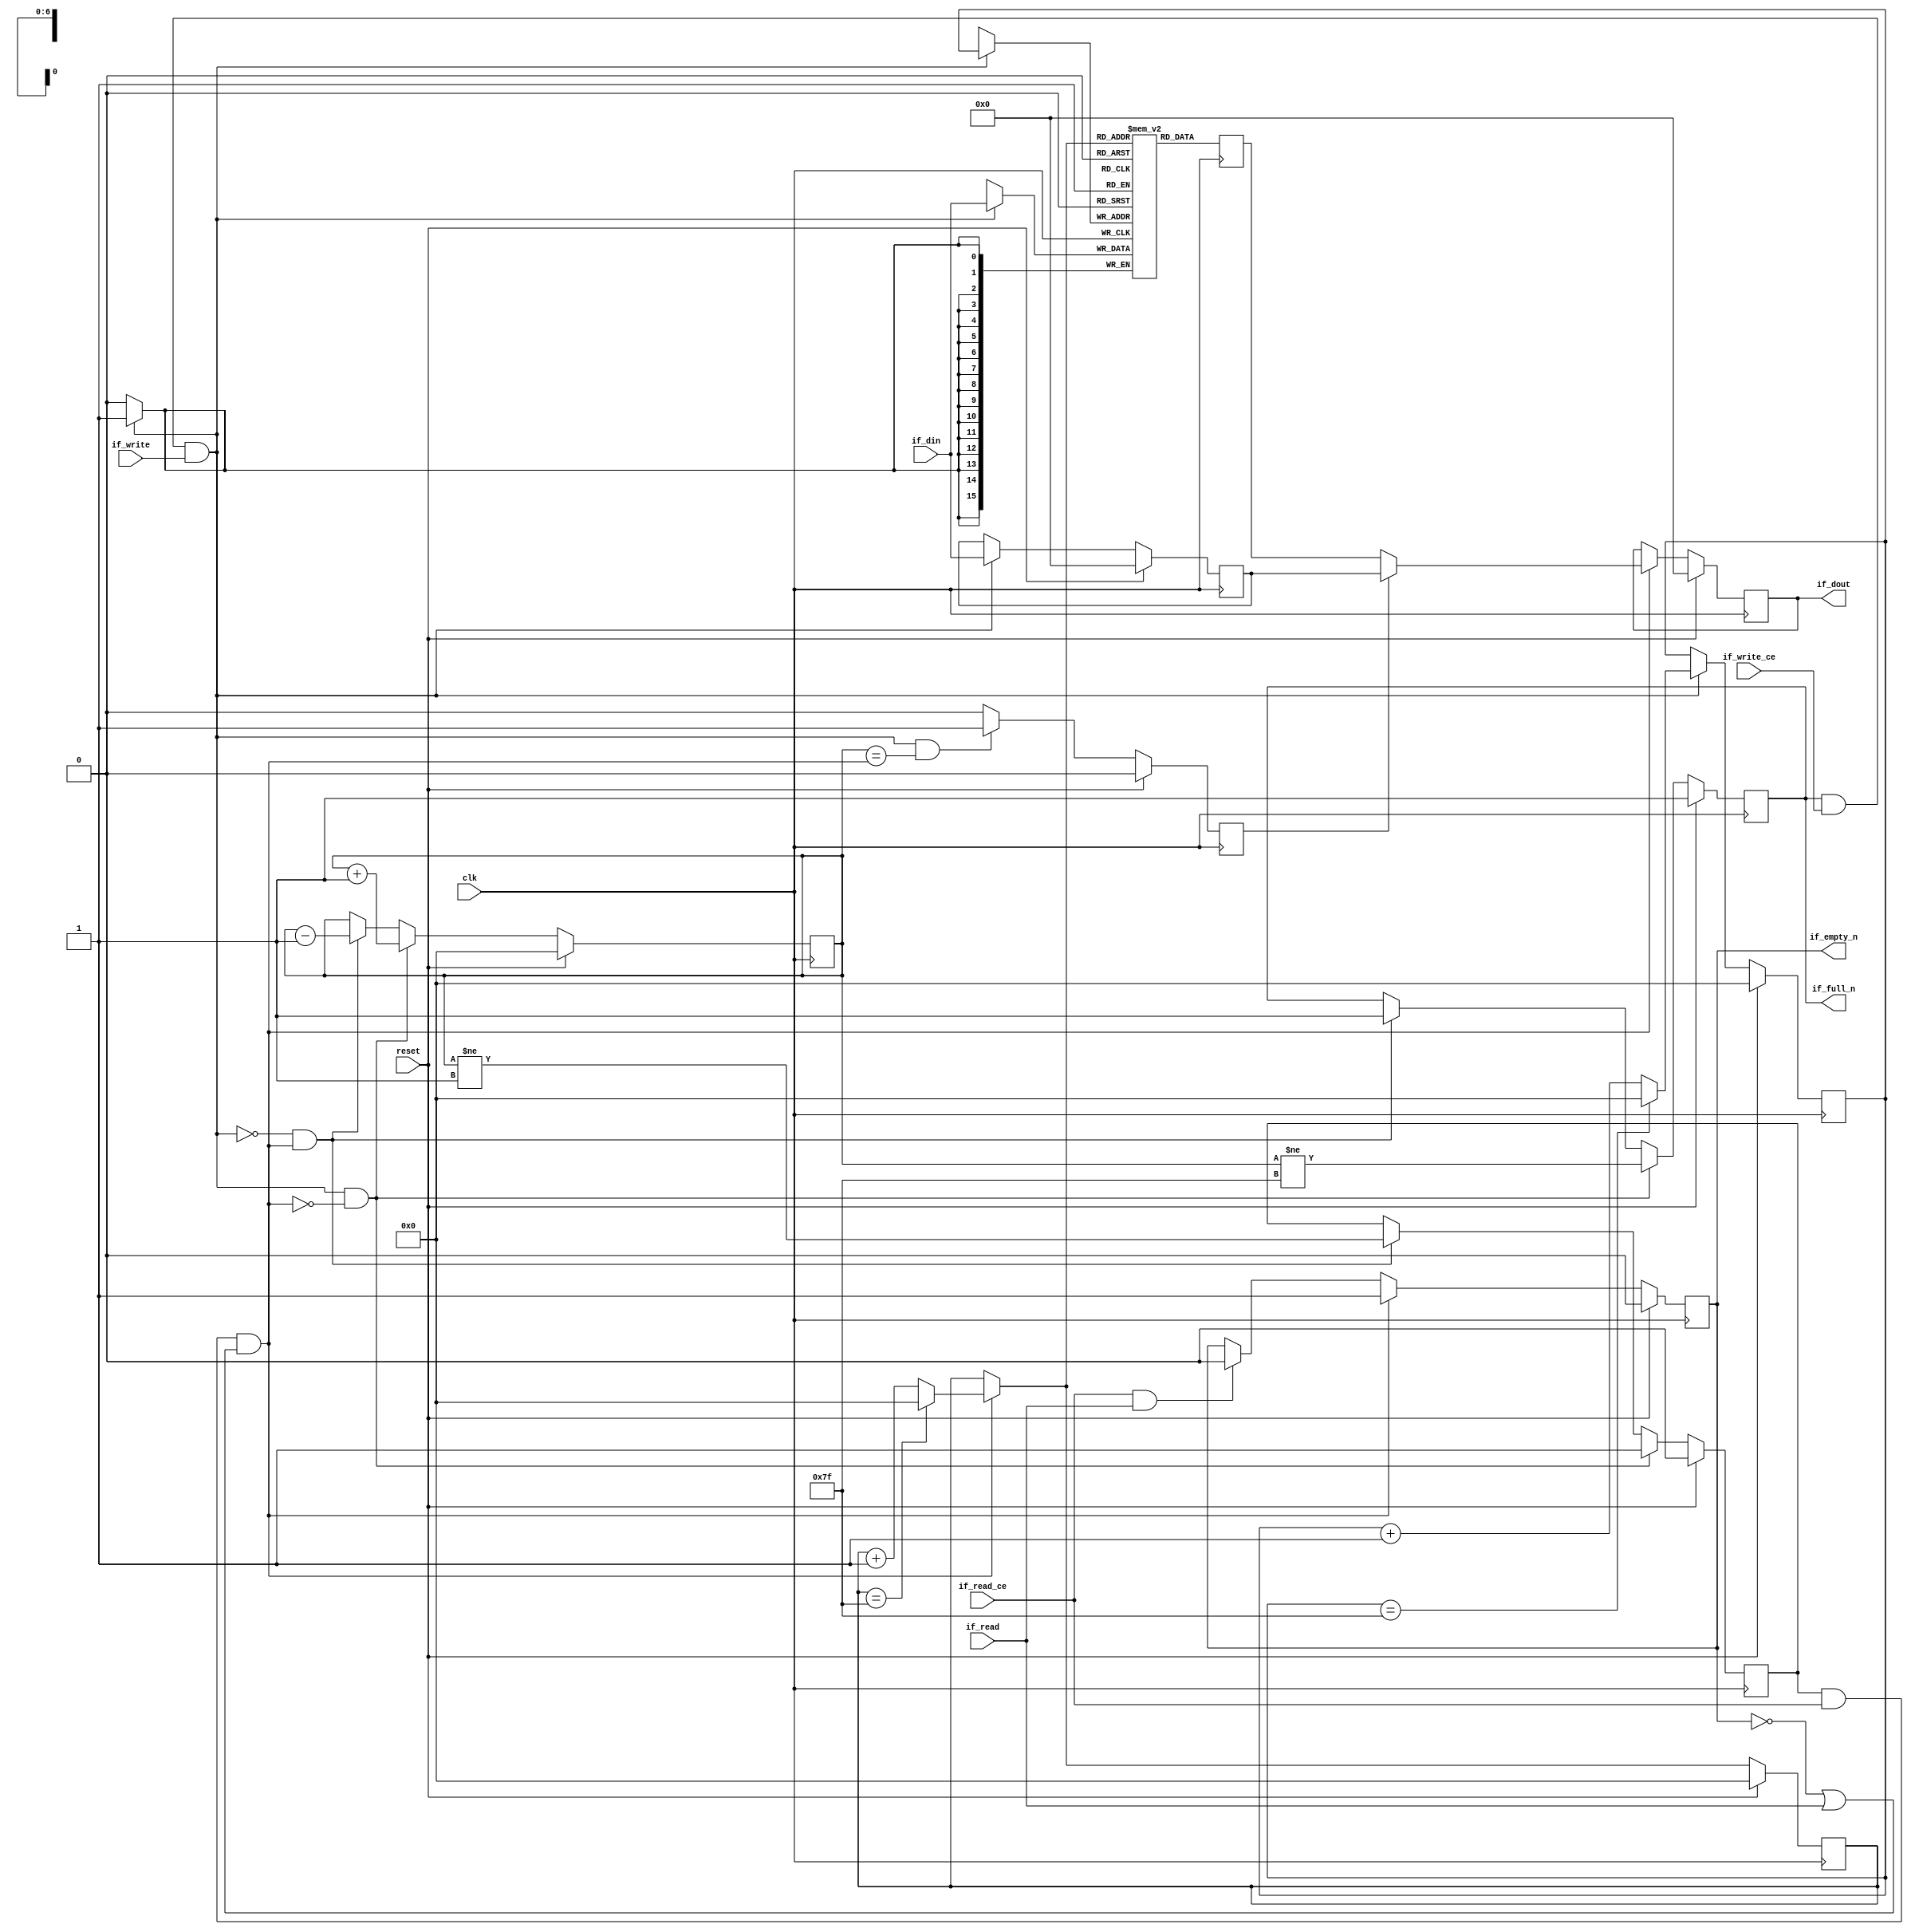
// This program was cloned from: https://github.com/zainryan/INSIDER-System
// License: MIT License

// ==============================================================
// File generated by Vivado(TM) HLS - High-Level Synthesis from C, C++ and SystemC
// Version: 2017.4.op
// Copyright (C) 1986-2018 Xilinx, Inc. All Rights Reserved.
// 
// ==============================================================


`timescale 1ns/1ps

module fifo_w16_d128_A
#(parameter
    MEM_STYLE   = "block",
    DATA_WIDTH  = 16,
    ADDR_WIDTH  = 7,
    DEPTH       = 128
)
(
    // system signal
    input  wire                  clk,
    input  wire                  reset,

    // write
    output wire                  if_full_n,
    input  wire                  if_write_ce,
    input  wire                  if_write,
    input  wire [DATA_WIDTH-1:0] if_din,

    // read
    output wire                  if_empty_n,
    input  wire                  if_read_ce,
    input  wire                  if_read,
    output wire [DATA_WIDTH-1:0] if_dout
);
//------------------------Parameter----------------------

//------------------------Local signal-------------------
(* ram_style = MEM_STYLE *)
reg  [DATA_WIDTH-1:0] mem[0:DEPTH-1];
reg  [DATA_WIDTH-1:0] q_buf = 1'b0;
reg  [ADDR_WIDTH-1:0] waddr = 1'b0;
reg  [ADDR_WIDTH-1:0] raddr = 1'b0;
wire [ADDR_WIDTH-1:0] wnext;
wire [ADDR_WIDTH-1:0] rnext;
wire                  push;
wire                  pop;
reg  [ADDR_WIDTH-1:0] usedw = 1'b0;
reg                   full_n = 1'b1;
reg                   empty_n = 1'b0;
reg  [DATA_WIDTH-1:0] q_tmp = 1'b0;
reg                   show_ahead = 1'b0;
reg  [DATA_WIDTH-1:0] dout_buf = 1'b0;
reg                   dout_valid = 1'b0;


//------------------------Instantiation------------------

//------------------------Task and function--------------

//------------------------Body---------------------------
assign if_full_n  = full_n;
assign if_empty_n = dout_valid;
assign if_dout    = dout_buf;
assign push       = full_n & if_write_ce & if_write;
assign pop        = empty_n & if_read_ce & (~dout_valid | if_read);
assign wnext      = !push                ? waddr :
                    (waddr == DEPTH - 1) ? 1'b0  :
                    waddr + 1'b1;
assign rnext      = !pop                 ? raddr :
                    (raddr == DEPTH - 1) ? 1'b0  :
                    raddr + 1'b1;

// waddr
always @(posedge clk) begin
    if (reset == 1'b1)
        waddr <= 1'b0;
    else
        waddr <= wnext;
end

// raddr
always @(posedge clk) begin
    if (reset == 1'b1)
        raddr <= 1'b0;
    else
        raddr <= rnext;
end

// usedw
always @(posedge clk) begin
    if (reset == 1'b1)
        usedw <= 1'b0;
    else if (push & ~pop)
        usedw <= usedw + 1'b1;
    else if (~push & pop)
        usedw <= usedw - 1'b1;
end

// full_n
always @(posedge clk) begin
    if (reset == 1'b1)
        full_n <= 1'b1;
    else if (push & ~pop)
        full_n <= (usedw != DEPTH - 1);
    else if (~push & pop)
        full_n <= 1'b1;
end

// empty_n
always @(posedge clk) begin
    if (reset == 1'b1)
        empty_n <= 1'b0;
    else if (push & ~pop)
        empty_n <= 1'b1;
    else if (~push & pop)
        empty_n <= (usedw != 1'b1);
end

// mem
always @(posedge clk) begin
    if (push)
        mem[waddr] <= if_din;
end

// q_buf
always @(posedge clk) begin
    q_buf <= mem[rnext];
end

// q_tmp
always @(posedge clk) begin
    if (reset == 1'b1)
        q_tmp <= 1'b0;
    else if (push)
        q_tmp <= if_din;
end

// show_ahead
always @(posedge clk) begin
    if (reset == 1'b1)
        show_ahead <= 1'b0;
    else if (push && usedw == pop)
        show_ahead <= 1'b1;
    else
        show_ahead <= 1'b0;
end

// dout_buf
always @(posedge clk) begin
    if (reset == 1'b1)
        dout_buf <= 1'b0;
    else if (pop)
        dout_buf <= show_ahead? q_tmp : q_buf;
end

// dout_valid
always @(posedge clk) begin
    if (reset == 1'b1)
        dout_valid <= 1'b0;
    else if (pop)
        dout_valid <= 1'b1;
    else if (if_read_ce & if_read)
        dout_valid <= 1'b0;
end

endmodule